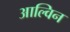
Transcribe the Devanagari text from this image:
आल्विन